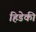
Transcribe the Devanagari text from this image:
हिडेकी